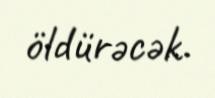
öldürəcək.